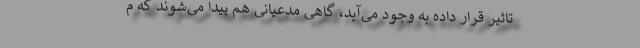
تاثیر قرار داده به وجود می‌آید، گاهی مدعیانی هم پیدا می‌شوند که م